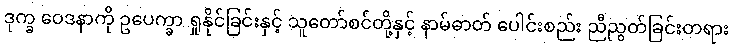
ဒုက္ခ ဝေဒနာကို ဥပေက္ခာ ရှုနိုင်ခြင်းနှင့် သူတော်စင်တို့နှင့် နာမ်ဓာတ် ပေါင်းစည်း ညီညွတ်ခြင်းတရား